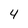
Character: 4